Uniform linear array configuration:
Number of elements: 48
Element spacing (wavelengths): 0.5
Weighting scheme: hann
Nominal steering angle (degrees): -45
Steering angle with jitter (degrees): -43.524
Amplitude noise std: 0.05
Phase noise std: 0.05

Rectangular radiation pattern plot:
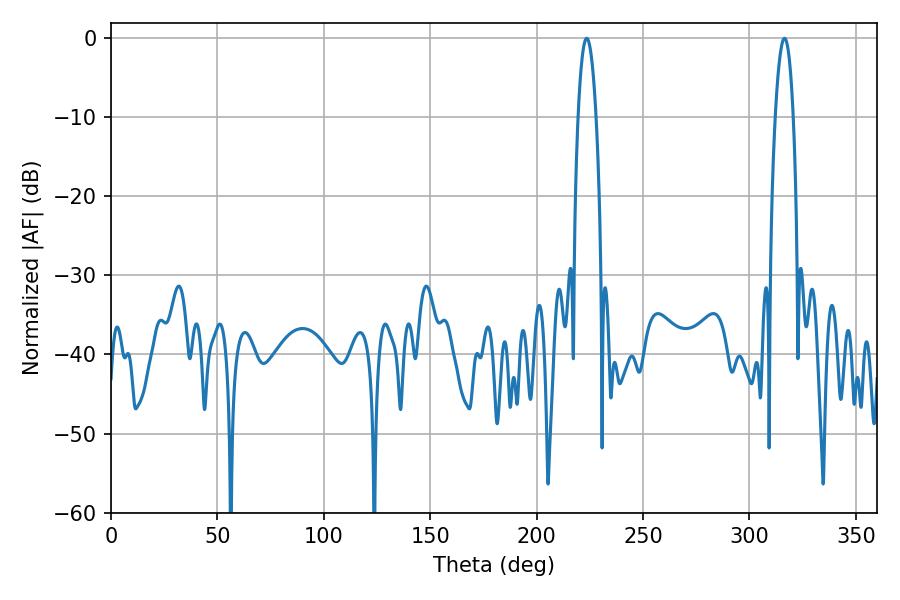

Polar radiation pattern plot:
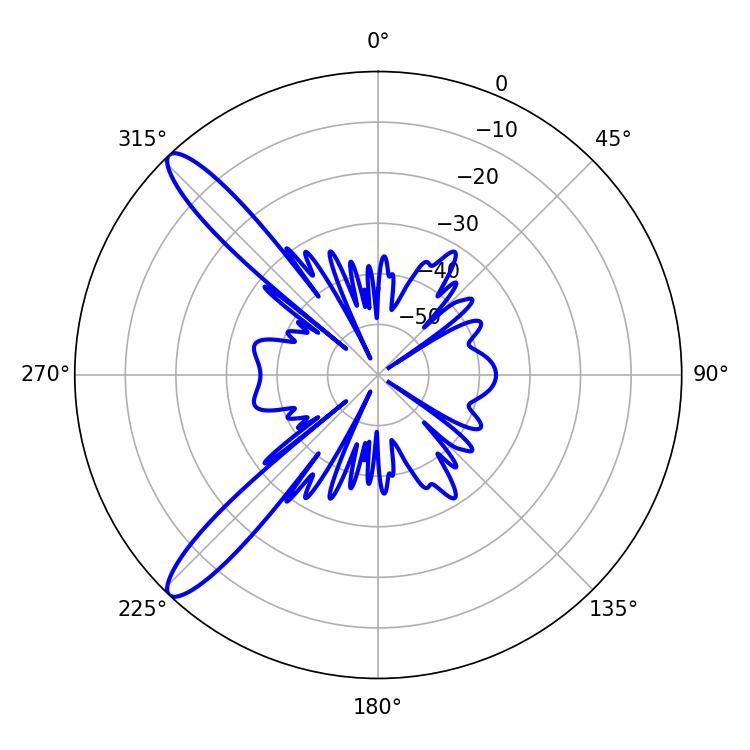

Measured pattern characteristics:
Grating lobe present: FALSE
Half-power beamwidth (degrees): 4.68
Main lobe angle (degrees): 223.56